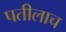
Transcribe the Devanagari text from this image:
पतीलाच